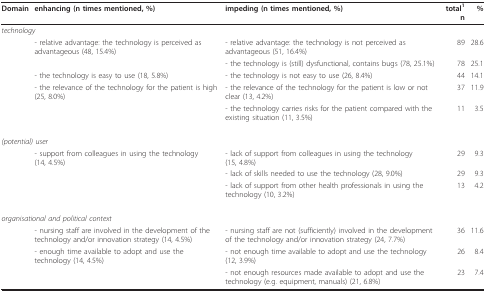
| Domain | enhancing (n times mentioned, %) | impeding (n times mentioned, %) | total1n | % |
 | --- | --- | --- | --- | --- |
 | <COLSPAN=5> technology |
 |  | - relative advantage: the technology is perceived as advantageous (48, 15.4%) | - relative advantage: the technology is not perceived as advantageous (51, 16.4%) | 89 | 28.6 |
 |  |  | - the technology is (still) dysfunctional, contains bugs (78, 25.1%) | 78 | 25.1 |
 |  | - the technology is easy to use (18, 5.8%) | - the technology is not easy to use (26, 8.4%) | 44 | 14.1 |
 |  | - the relevance of the technology for the patient is high (25, 8.0%) | - the relevance of the technology for the patient is low or not clear (13, 4.2%) | 37 | 11.9 |
 |  |  | - the technology carries risks for the patient compared with the existing situation (11, 3.5%) | 11 | 3.5 |
 | <COLSPAN=5> (potential) user |
 |  | - support from colleagues in using the technology (14, 4.5%) | - lack of support from colleagues in using the technology (15, 4.8%) | 29 | 9.3 |
 |  |  | - lack of skills needed to use the technology (28, 9.0%) | 29 | 9.3 |
 |  |  | - lack of support from other health professionals in using the technology (10, 3.2%) | 13 | 4.2 |
 | <COLSPAN=5> organisational and political context |
 |  | - nursing staff are involved in the development of the technology and/or innovation strategy (14, 4.5%) | - nursing staff are not (sufficiently) involved in the development of the technology and/or innovation strategy (24, 7.7%) | 36 | 11.6 |
 |  | - enough time available to adopt and use the technology (14, 4.5%) | - not enough time available to adopt and use the technology (12, 3.9%) | 26 | 8.4 |
 |  |  | - not enough resources made available to adopt and use the technology (e.g. equipment, manuals) (21, 6.8%) | 23 | 7.4 |